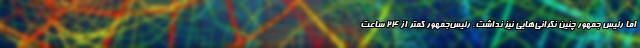
اما رئیس جمهور چنین نگرانی‌هایی نیز نداشت. رئیس‌جمهور کمتر از 24 ساعت